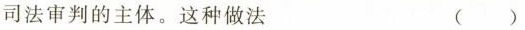
司法审判的主体。这种做法 ( )